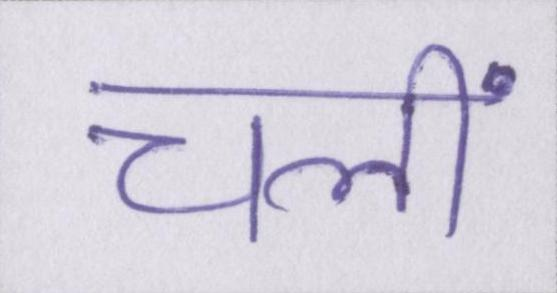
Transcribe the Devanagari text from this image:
चलीं